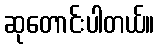
ဆုတောင်းပါတယ်။